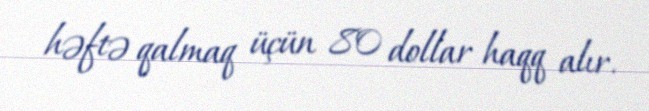
həftə qalmaq üçün 80 dollar haqq alır.